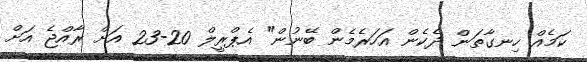
ކަމެއް ހިނގާތަން ދެކެން އަހަރެމެން ބޭނުން" އެޕްރީލް 20-23 އަށް ރާއްޖެ އަށް